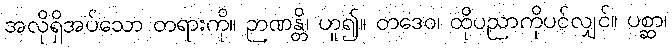
အလိုရှိအပ်သော တရားကို။ ဉာဏန္တိ၊ ဟူ၍။ တဒေဝ၊ ထိုပညာကိုပင်လျှင်။ ပစ္ဆာ၊